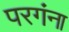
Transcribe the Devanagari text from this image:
परगंना